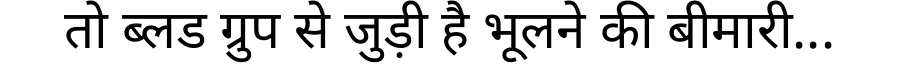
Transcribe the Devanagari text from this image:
तो ब्लड ग्रुप से जुड़ी है भूलने की बीमारी...